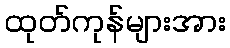
ထုတ်ကုန်များအား